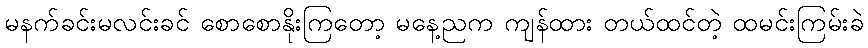
မနက်ခင်းမလင်းခင် စောစောနိုးကြတော့ မနေ့ညက ကျန်ထား တယ်ထင်တဲ့ ထမင်းကြမ်းခဲ